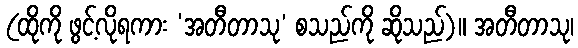
(ထိုကို ဖွင့်လိုရကား ‘အတီတာသု’ စသည်ကို ဆိုသည်)။ အတီတာသု၊